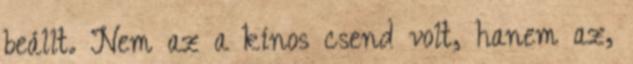
beállt. Nem az a kínos csend volt, hanem az,